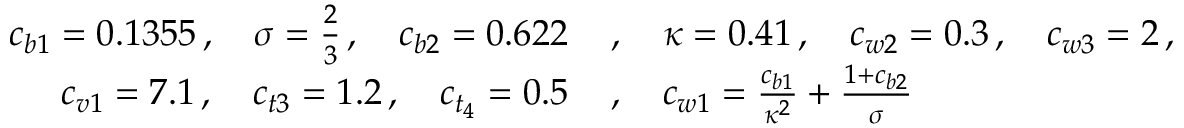
\begin{array} { r l } { c _ { b 1 } = 0 . 1 3 5 5 \, , \quad \sigma = \frac { 2 } { 3 } \, , \quad c _ { b 2 } = 0 . 6 2 2 \, } & { , \quad \kappa = 0 . 4 1 \, , \quad c _ { w 2 } = 0 . 3 \, , \quad c _ { w 3 } = 2 \, , } \\ { c _ { v 1 } = 7 . 1 \, , \quad c _ { t 3 } = 1 . 2 \, , \quad c _ { t _ { 4 } } = 0 . 5 \, } & { , \quad c _ { w 1 } = \frac { c _ { b 1 } } { \kappa ^ { 2 } } + \frac { 1 + c _ { b 2 } } { \sigma } } \end{array}